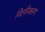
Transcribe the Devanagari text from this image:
विलीनकरण